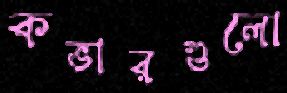
কভারগুলো